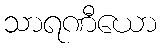
သာရဏီယော